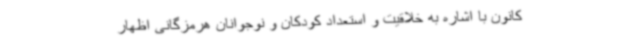
کانون با اشاره به خلاقیت و استعداد کودکان و نوجوانان هرمزگانی اظهار